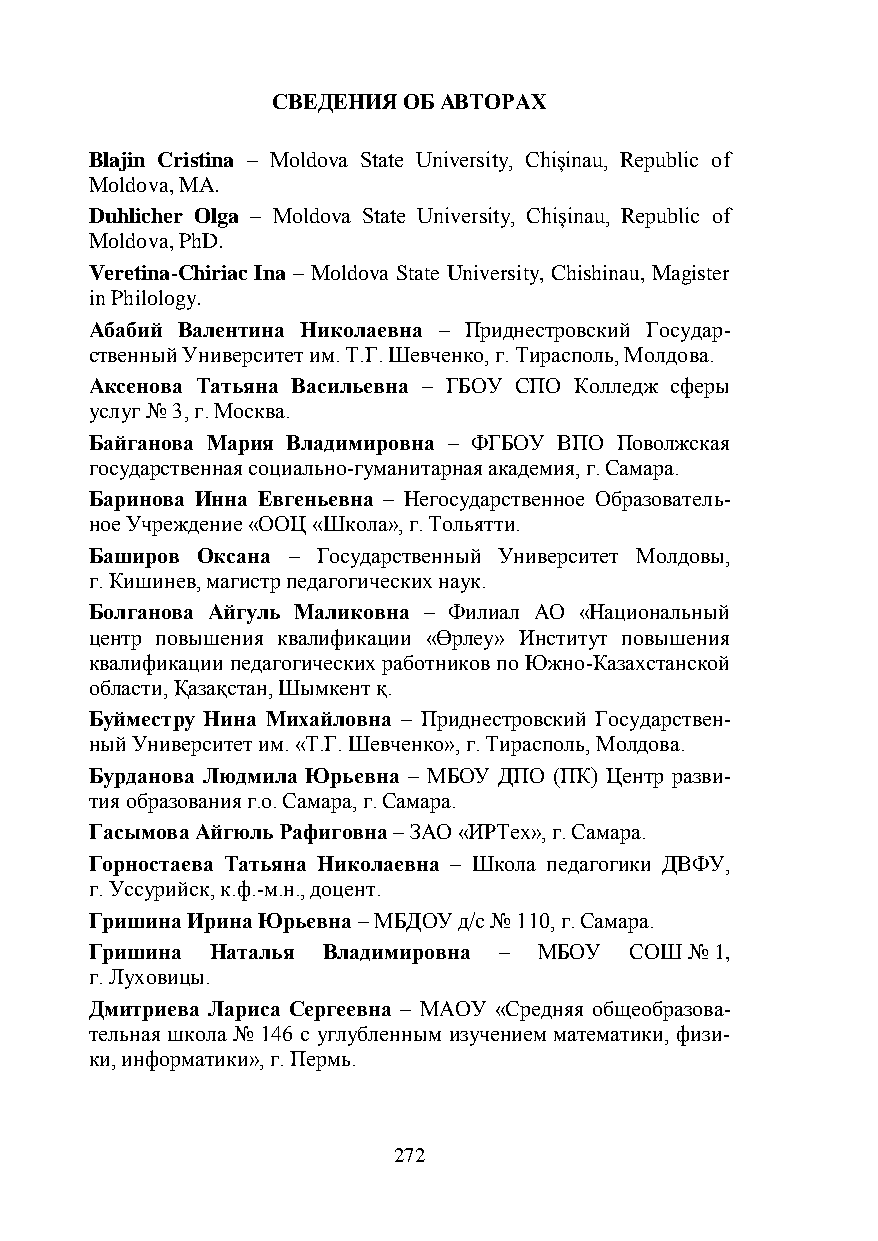
СВЕДЕНИЯ ОБ АВТОРАХ
 Blajin Cristina – Moldova State University, Chișinau, Republic of
 Moldova, MA.
 Duhlicher Olga – Moldova State University, Chișinau, Republic of
 Moldova, PhD.
 Veretina-Chiriac Ina – Moldova State University, Chishinau, Magister
 in Philology.
 Абабий Валентина Николаевна – Приднестровский Государ-
 ственный Университет им. Т.Г. Шевченко, г. Тирасполь, Молдова.
 Аксенова Татьяна Васильевна – ГБОУ СПО Колледж сферы
 услуг № 3, г. Москва.
 Байганова Мария Владимировна – ФГБОУ ВПО Поволжская
 государственная социально-гуманитарная академия, г. Самара.
 Баринова Инна Евгеньевна – Негосударственное Образователь-
 ное Учреждение «ООЦ «Школа», г. Тольятти.
 Баширов Оксана – Государственный Университет Молдовы,
 г. Кишинев, магистр педагогических наук.
 Болганова Айгуль Маликовна – Филиал АО «Национальный
 центр повышения квалификации «Өрлеу» Институт повышения
 квалификации педагогических работников по Южно-Казахстанской
 области, Қазақстан, Шымкент қ.
 Буйместру Нина Михайловна – Приднестровский Государствен-
 ный Университет им. «Т.Г. Шевченко», г. Тирасполь, Молдова.
 Бурданова Людмила Юрьевна – МБОУ ДПО (ПК) Центр разви-
 тия образования г.о. Самара, г. Самара.
 Гасымова Айгюль Рафиговна – ЗАО «ИРТех», г. Самара.
 Горностаева Татьяна Николаевна – Школа педагогики ДВФУ,
 г. Уссурийск, к.ф.-м.н., доцент.
 Гришина Ирина Юрьевна – МБДОУ д/с № 110, г. Самара.
 Гришина Наталья Владимировна – МБОУ СОШ № 1,
 г. Луховицы.
 Дмитриева Лариса Сергеевна – МАОУ «Средняя общеобразова-
 тельная школа № 146 с углубленным изучением математики, физи-
 ки, информатики», г. Пермь.
 272